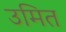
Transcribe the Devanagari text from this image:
उमित